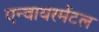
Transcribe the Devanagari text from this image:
एन्वायरमेंटल